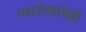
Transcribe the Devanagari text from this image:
पद्यलेखांचेही